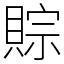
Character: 賩